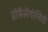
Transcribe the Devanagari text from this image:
प्रोफ़ैलैगोप्सिडी